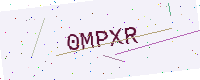
Text: 0MPXR